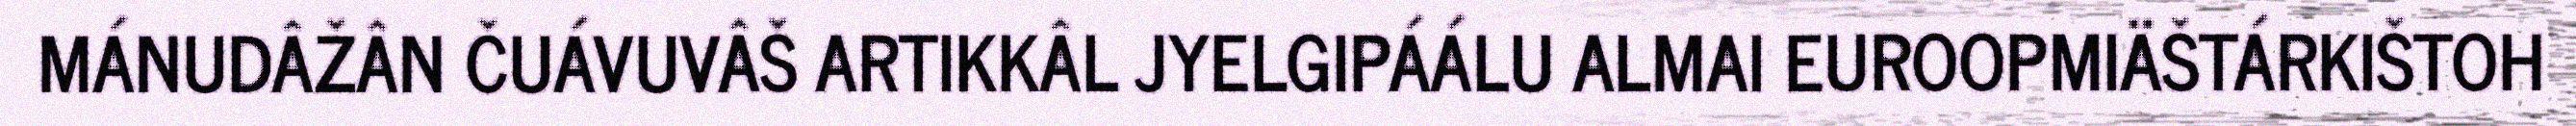
MÁNUDÂŽÂN ČUÁVUVÂŠ ARTIKKÂL JYELGIPÁÁLU ALMAI EUROOPMIÄŠTÁRKIŠTOH